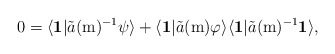
\begin{align*}0=\langle\mathbf{1}|\tilde{a}(\mathrm{m})^{-1}\psi\rangle+\langle\mathbf{1}|\tilde{a}(\mathrm{m})\varphi\rangle\langle\mathbf{1}|\tilde{a}(\mathrm{m})^{-1}\mathbf{1}\rangle,\end{align*}